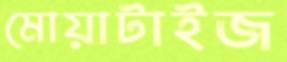
মোয়াটাইজ